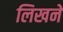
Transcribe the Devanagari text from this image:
लिखने